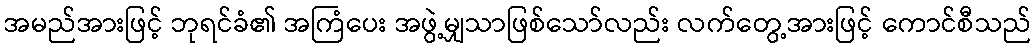
အမည်အားဖြင့် ဘုရင်ခံ၏ အကြံပေး အဖွဲ့မျှသာဖြစ်သော်လည်း လက်တွေ့အားဖြင့် ကောင်စီသည်